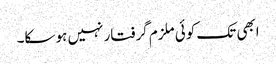
ابھی تک کوئی ملزم گرفتار نہیں ہو سکا۔